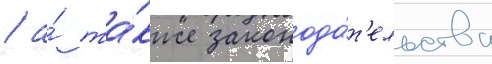
/ а́ та́кже законода́т'ельства